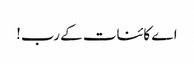
اے کائنات کے رب!